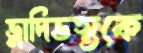
ভ্লাদিভস্তকে